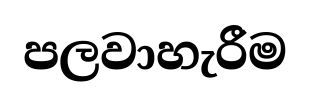
පලවාහැරීම